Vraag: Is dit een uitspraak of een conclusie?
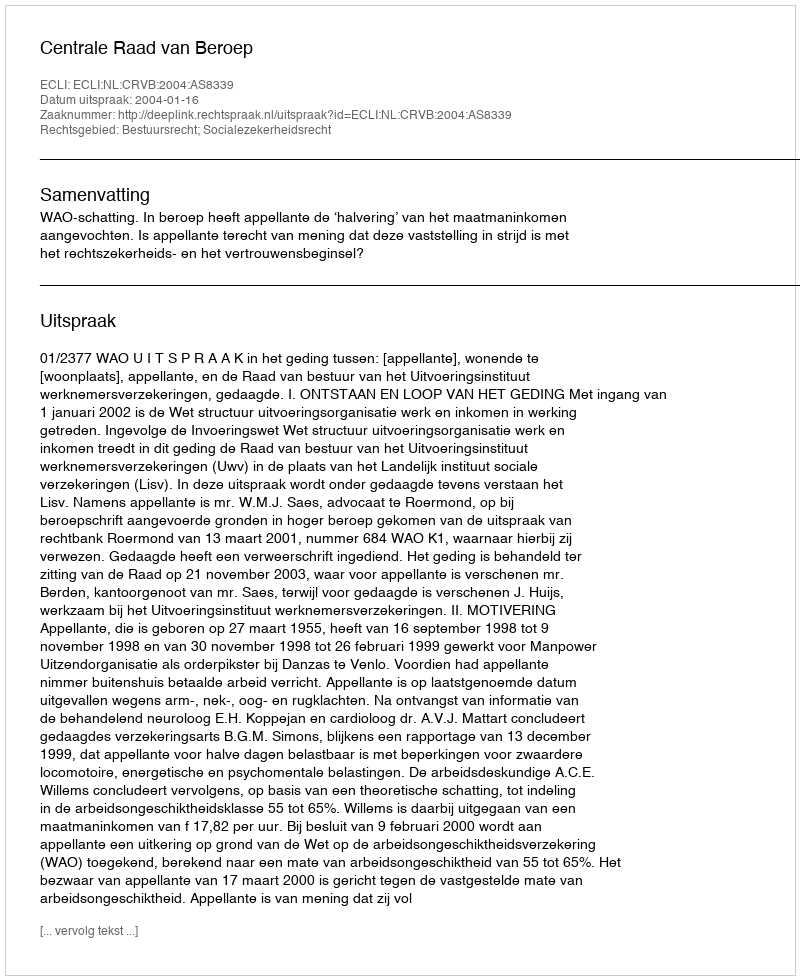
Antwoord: Uitspraak